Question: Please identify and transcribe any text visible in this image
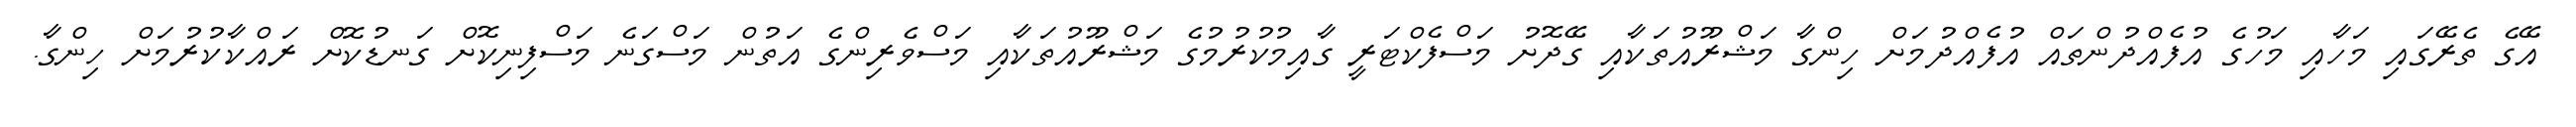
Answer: އޭގެ ތެރޭގައި މަހާއި މަހުގެ އުފެއްދުންތައް އުފެއްދުމަށް ހިންގާ މަޝްރޫއުތަކާއި ގޭދޮށު މަސްފެކްޓަރީ ގާއިމުކުރުމުގެ މަޝްރޫއުތަކާއި މަސްވެރިންގެ އަތުން މަސްގަނެ މަސްފިނިކޮށް ގަނޑުކޮށް ރައްކާކުރުމަށް ހިންގާ.